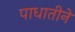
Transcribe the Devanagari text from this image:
पाधातीने